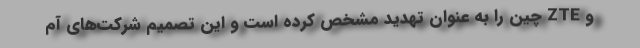
و ZTE چین را به عنوان تهدید مشخص کرده است و این تصمیم شرکت‌های آم